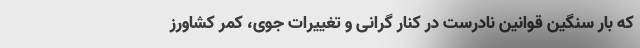
که بار سنگین قوانین نادرست در کنار گرانی و تغییرات جوی، کمر کشاورز